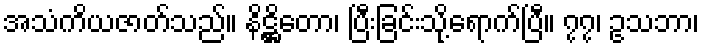
အသံကိယဇာတ်သည်။ နိဋ္ဌိတော၊ ပြီးခြင်းသို့ရောက်ပြီ။ ၇၇၊ ဥသဘာ၊